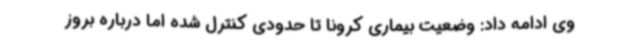
وی ادامه داد: وضعیت بیماری کرونا تا حدودی کنترل شده اما درباره بروز